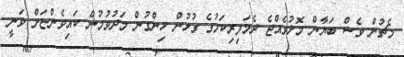
މެޗުން ވެސް ބަޔާން މޮޅުވެއްޖެ ދެމަފިރިކަމުގެ ގުޅުން ހިންގުން މަދުވުމުން ކައިވެންޏަށް ވަނީ